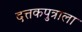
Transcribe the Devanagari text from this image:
दत्तकपुत्राला